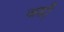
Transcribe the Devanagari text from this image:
जडी़